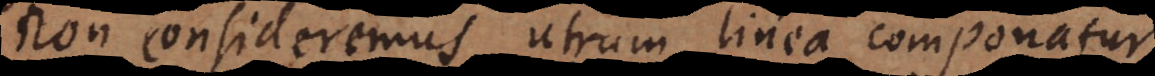
non consideremus utrum linea componatur